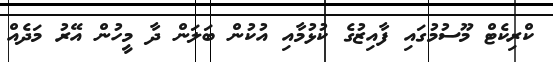
ކްރިކެޓް މޫސުމުގައި ފާއިޒުގެ ކުޅުމާއި އުކުން ބަލަން ދާ މީހުން އޭރު މަދެއް